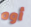
أوه